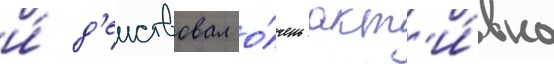
и́ д'еиствовал о́чень акт'и́вно